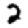
Digit: 2